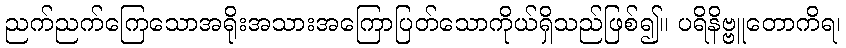
ညက်ညက်ကြေသောအရိုးအသားအကြောပြတ်သောကိုယ်ရှိသည်ဖြစ်၍။ ပရိနိဗ္ဗူတောကိရ၊